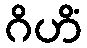
ဂိဟိံ